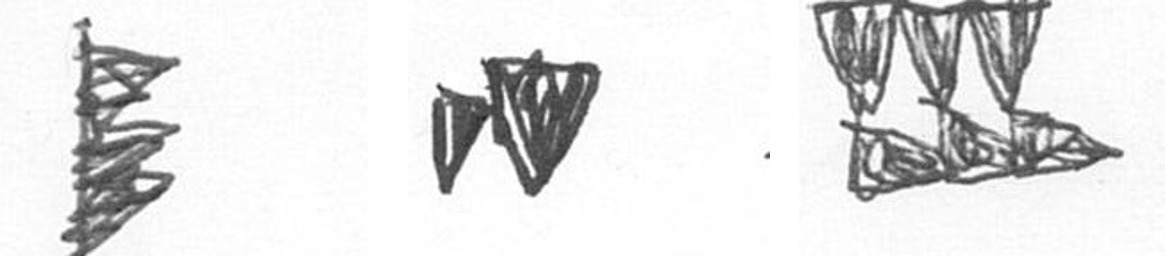
H M D